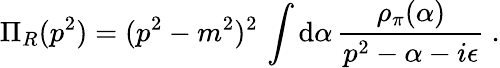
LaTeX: \Pi_{R}(p^{2})=(p^{2}-m^{2})^{2}\, \int\mathrm{d}\alpha\, \frac{{\rho_{\pi}(\alpha)}}{{p^{2}-\alpha-i\epsilon}}\ .